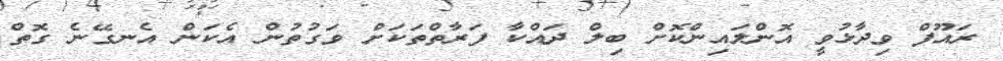
ރައޫފް ވިދާޅުވީ އޮންލައިންކޮށް ބިލް ދައްކާ ފަރާތްތަކަށް ވަގުތުން އެކަން އެނގޭނެ ގޮތް